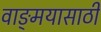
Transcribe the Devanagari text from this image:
वाङ्‌मयासाठी